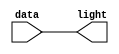
`timescale 1ns / 1ps
module led_ctrl(
	input [15:0] data,
	output reg [15:0] light
);
	always @(*) begin
		light <= data;
	end
endmodule